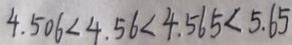
4 . 5 0 6 < 4 . 5 6 < 4 . 5 6 5 < 5 . 6 5